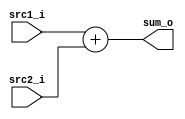
//Subject:     CO project 2 - Adder
//--------------------------------------------------------------------------------
//Version:     1
//--------------------------------------------------------------------------------
//Writer:      Luke
//----------------------------------------------
//Date:        
//----------------------------------------------
//Description: 
//--------------------------------------------------------------------------------

module Adder(
    src1_i,
	src2_i,
	sum_o
	);
     
//I/O ports
input  [32-1:0]  src1_i;
input  [32-1:0]	 src2_i;
output [32-1:0]	 sum_o;

//Internal Signals
wire    [32-1:0]	 sum_o;

//Parameter
    
//Main function
assign sum_o = src1_i + src2_i;
endmodule